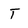
Character: T